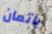
باتمان